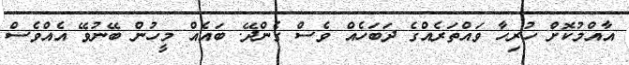
އާއްމުކޮށް ހުރިހާ ވައްތަރެއްގެ ދަބަހެއް ވެސް ގެންދޭ. ބައެއް މީހުން ބޭނުވޭ އެއްވެސް